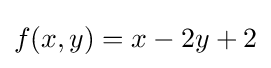
f(x,y)=x-2y+2